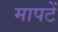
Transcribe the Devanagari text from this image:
मापटें